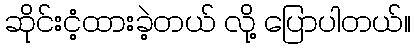
ဆိုင်းငံ့ထားခဲ့တယ် လို့ ပြောပါတယ်။